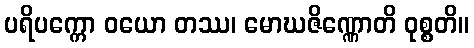
ပရိပက္ကော ဝယော တဿ၊ မောဃဇိဏ္ဏောတိ ဝုစ္စတိ။